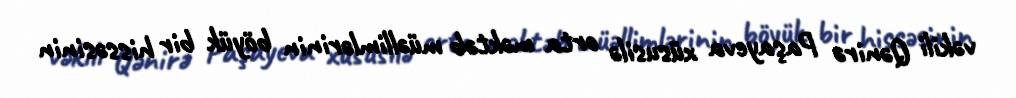
vəkili Qənirə Paşayeva xüsusilə orta məktəb müəllimlərinin böyük bir hissəsinin